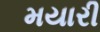
મયારી